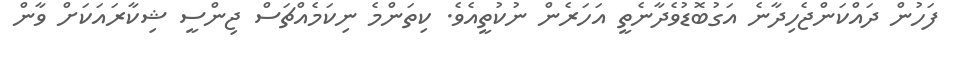
ފަހުން ދައްކަންޖެހިދާނެ އަގުބޮޑުވެދާނެތީ އަހަރެން ނުކުތީއެވެ. ކިތަންމެ ނިކަމެއްޗަސް ޖިންސީ ޝިކާރައަކަށް ވާން